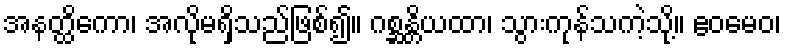
အနတ္ထိကော၊ အလိုမရှိသည်ဖြစ်၍။ ဂစ္ဆန္တိယထာ၊ သွားကုန်သကဲ့သို့။ ဧဝမေဝ၊